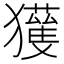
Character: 𱮭